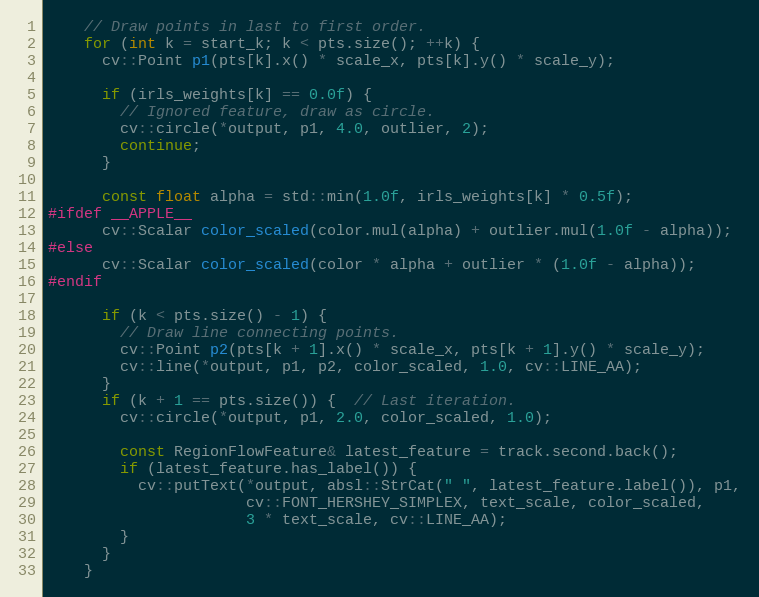
Language: C++
    // Draw points in last to first order.
    for (int k = start_k; k < pts.size(); ++k) {
      cv::Point p1(pts[k].x() * scale_x, pts[k].y() * scale_y);

      if (irls_weights[k] == 0.0f) {
        // Ignored feature, draw as circle.
        cv::circle(*output, p1, 4.0, outlier, 2);
        continue;
      }

      const float alpha = std::min(1.0f, irls_weights[k] * 0.5f);
#ifdef __APPLE__
      cv::Scalar color_scaled(color.mul(alpha) + outlier.mul(1.0f - alpha));
#else
      cv::Scalar color_scaled(color * alpha + outlier * (1.0f - alpha));
#endif

      if (k < pts.size() - 1) {
        // Draw line connecting points.
        cv::Point p2(pts[k + 1].x() * scale_x, pts[k + 1].y() * scale_y);
        cv::line(*output, p1, p2, color_scaled, 1.0, cv::LINE_AA);
      }
      if (k + 1 == pts.size()) {  // Last iteration.
        cv::circle(*output, p1, 2.0, color_scaled, 1.0);

        const RegionFlowFeature& latest_feature = track.second.back();
        if (latest_feature.has_label()) {
          cv::putText(*output, absl::StrCat(" ", latest_feature.label()), p1,
                      cv::FONT_HERSHEY_SIMPLEX, text_scale, color_scaled,
                      3 * text_scale, cv::LINE_AA);
        }
      }
    }